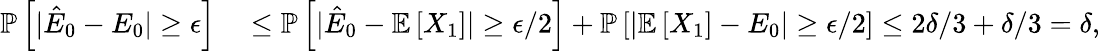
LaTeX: \begin{array}{rl}{\mathbb{P}\left[|\hat{E}_{0}-E_{0}|\ge\epsilon\right]}&{{}\le\mathbb{P}\left[|\hat{E}_{0}-\mathbb{E}\left[X_{1}\right]|\ge\epsilon/2\right]+\mathbb{P}\left[|\mathbb{E}\left[X_{1}\right]-E_{0}|\ge\epsilon/2\right]\le 2\delta/3+\delta/3=\delta,}\end{array}